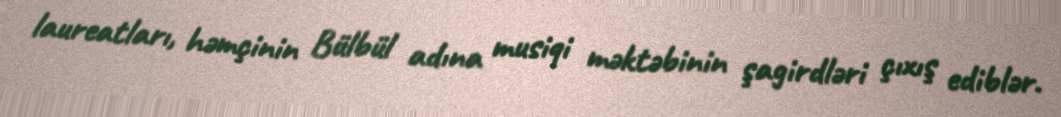
laureatları, həmçinin Bülbül adına musiqi məktəbinin şagirdləri çıxış ediblər.